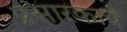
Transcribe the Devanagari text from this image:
प्रसारकाचे